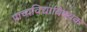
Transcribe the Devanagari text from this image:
प्राच्यविद्याविषयक